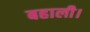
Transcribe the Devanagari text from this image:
बहाली।